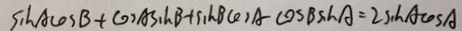
\sin A \cos B + \cos A \sin B + \sin B \cos A - \cos B \sin A = 2 \sin A \cos A